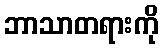
ဘာသာတရားကို